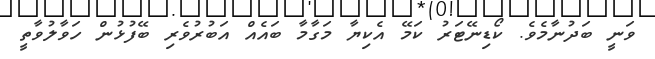
ވަނީ ބަދުނާމެވެ. ކޯޑިނޭޓަރު ކަމޭ އެކިޔާ މަގާމާ ބައެއް އަބުރުވެރި ބޭފުޅުން ހަވާލުވާތީ